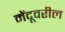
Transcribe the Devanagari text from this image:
मेंदूवरील